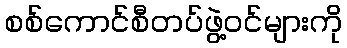
စစ်ကောင်စီတပ်ဖွဲ့ဝင်များကို